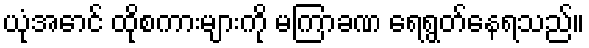
ယုံအောင် ထိုစကားများကို မကြာခဏ ရေရွတ်နေရသည်။